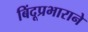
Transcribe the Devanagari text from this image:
बिंदूप्रभाराने